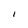
Character: I